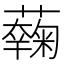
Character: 𧂲